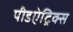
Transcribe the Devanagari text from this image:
पीडऐट्रिक्स